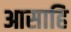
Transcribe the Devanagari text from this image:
आसाहि